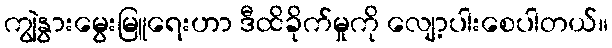
ကျွဲနွားမွေးမြူရေးဟာ ဒီထိခိုက်မှုကို လျော့ပါးစေပါတယ်။